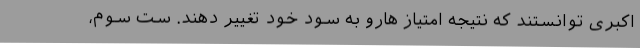
اکبری توانستند که نتیجه امتیاز هارو به سود خود تغییر دهند. ست سوم،